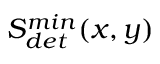
S _ { d e t } ^ { m i n } ( x , y )